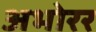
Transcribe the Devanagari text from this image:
अभोरर